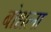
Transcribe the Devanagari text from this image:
बोधला